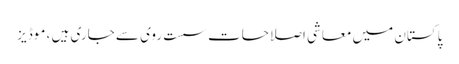
پاکستان میں معاشی اصلاحات سست روی سے جاری ہیں ، موڈیز